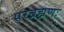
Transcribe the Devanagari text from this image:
परब्रह्मणः